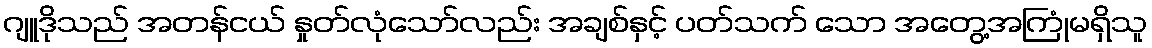
ဂျူဒိုသည် အတန်ငယ် နှုတ်လုံသော်လည်း အချစ်နှင့် ပတ်သက် သော အတွေ့အကြုံမရှိသူ